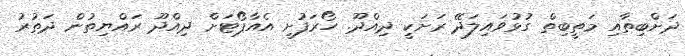
ދަށްބިތާއި މަތީބިތް ގުޅުވައިލަދޭ ރަށަކީ ދިއްދޫ. ހޯރަފުށީ އެއާޕޯޓަށް ދިއްދޫ ރައްޔިތުން ދަތުރު